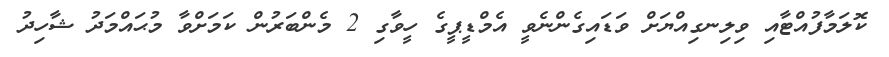
ކޮލަމާފުއްޓާއި ވިލިނގިއްޔަށް ވަޑައިގެންނެވީ އެމްޑީޕީގެ ހީވާގި 2 މެންބަރުން ކަމަށްވާ މުޙައްމަދު ޝާހިދު